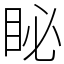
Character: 䀣